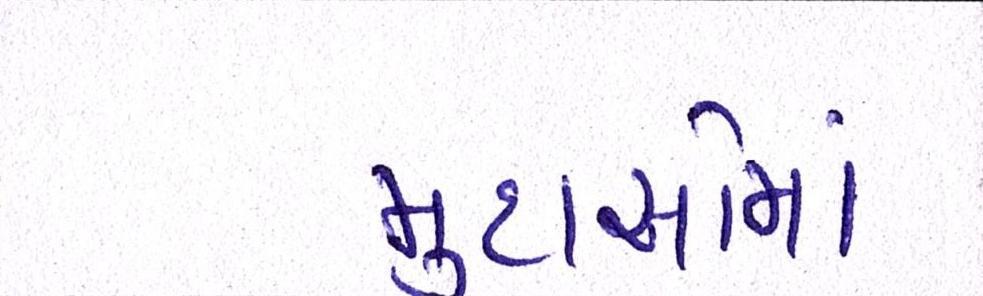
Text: મુદાઓમાં